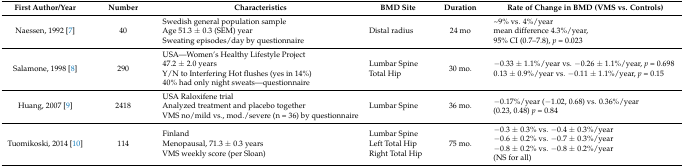
<table><thead><tr><td><b>First Author/Year</b></td><td><b>Number</b></td><td><b>Characteristics</b></td><td><b>BMD Site</b></td><td><b>Duration</b></td><td><b>Rate of Change in BMD (VMS vs. Controls)</b></td></tr></thead><tbody><tr><td>Naessen, 1992 [7]</td><td>40</td><td>Swedish general population sample Age 51.3 ± 0.3 (SEM) year Sweating episodes/day by questionnaire</td><td>Distal radius</td><td>24 mo</td><td>~9% vs. 4%/year mean difference 4.3%/year, 95% CI (0.7–7.8), <i>p</i> = 0.023</td></tr><tr><td>Salamone, 1998 [8]</td><td>290</td><td>USA—Women’s Healthy Lifestyle Project 47.2 ± 2.0 years Y/N to Interfering Hot flushes (yes in 14%) 40% had only night sweats—questionnaire</td><td>Lumbar Spine Total Hip</td><td>30 mo.</td><td>−0.33 ± 1.1%/year vs. −0.26 ± 1.1%/year, <i>p</i> = 0.698 0.13 ± 0.9%/year vs. −0.11 ± 1.1%/year, <i>p</i> = 0.15</td></tr><tr><td>Huang, 2007 [9]</td><td>2418</td><td>USA Raloxifene trial Analyzed treatment and placebo together VMS no/mild vs., mod./severe (n = 36) by questionnaire</td><td>Lumbar Spine</td><td>36 mo.</td><td>−0.17%/year (−1.02, 0.68) vs. 0.36%/year (0.23, 0.48) <i>p</i> = 0.84</td></tr><tr><td>Tuomikoski, 2014 [10]</td><td>114</td><td>Finland Menopausal, 71.3 ± 0.3 years VMS weekly score (per Sloan)</td><td>Lumbar Spine Left Total Hip Right Total Hip</td><td>75 mo.</td><td>−0.3 ± 0.3% vs. −0.4 ± 0.3%/year −0.6 ± 0.2% vs. −0.7 ± 0.3%/year −0.8 ± 0.2% vs. −0.8 ± 0.2%/year (NS for all)</td></tr></tbody></table>